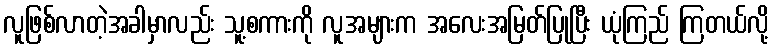
လူဖြစ်လာတဲ့အခါမှာလည်း သူ့စကားကို လူအများက အလေးအမြတ်ပြုပြီး ယုံကြည် ကြတယ်လို့